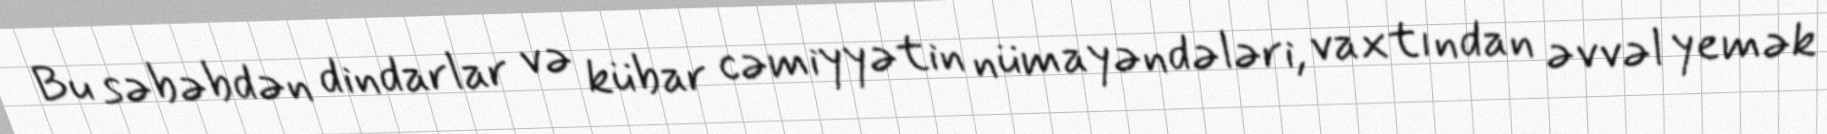
Bu səbəbdən dindarlar və kübar cəmiyyətin nümayəndələri, vaxtından əvvəl yemək